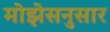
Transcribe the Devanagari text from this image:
मोझेसनुसार